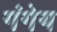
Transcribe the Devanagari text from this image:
गंगेय